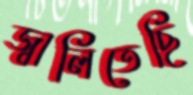
জ্বালিতেছি